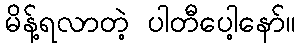
မိန့်ရလာတဲ့ ပါတီပေါ့နော်။